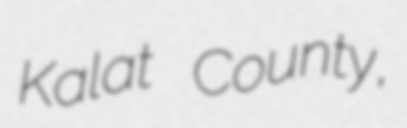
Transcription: Kalat County,